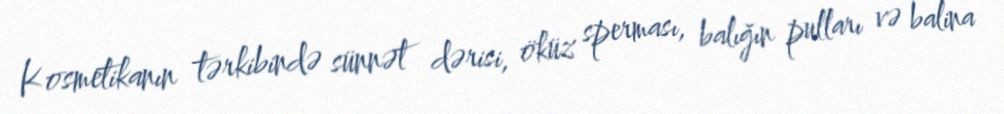
Kosmetikanın tərkibində sünnət dərisi, öküz sperması, balığın pulları və balina